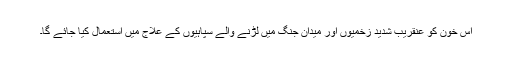
اس خون کو عنقریب شدید زخمیوں اور میدان جنگ میں لڑنے والے سپاہیوں کے علاج میں استعمال کیا جائے گا۔